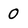
Character: 0